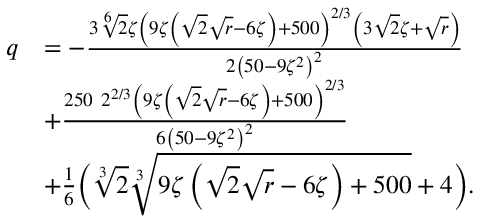
\begin{array} { r l } { q } & { = - \frac { 3 \sqrt [ 6 ] { 2 } \zeta \left( 9 \zeta \left( \sqrt { 2 } \sqrt { r } - 6 \zeta \right) + 5 0 0 \right) ^ { 2 / 3 } \left( 3 \sqrt { 2 } \zeta + \sqrt { r } \right) } { 2 \left( 5 0 - 9 \zeta ^ { 2 } \right) ^ { 2 } } } \\ & { + \frac { 2 5 0 \ 2 ^ { 2 / 3 } \left( 9 \zeta \left( \sqrt { 2 } \sqrt { r } - 6 \zeta \right) + 5 0 0 \right) ^ { 2 / 3 } } { 6 \left( 5 0 - 9 \zeta ^ { 2 } \right) ^ { 2 } } } \\ & { + \frac { 1 } { 6 } \Big ( \sqrt [ 3 ] { 2 } \sqrt [ 3 ] { 9 \zeta \left( \sqrt { 2 } \sqrt { r } - 6 \zeta \right) + 5 0 0 } + 4 \Big ) . } \end{array}